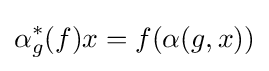
\alpha _{g}^{*}(f)x=f(\alpha (g,x))